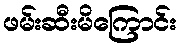
ဖမ်းဆီးမိကြောင်း